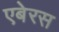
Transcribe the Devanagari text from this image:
एबेरस